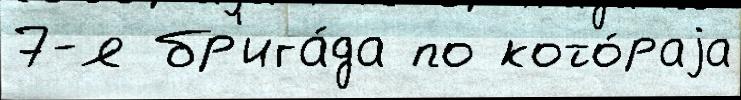
7-я бр'ига́да по кото́раjа